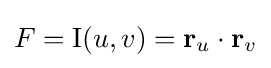
F=\mathrm {I} (u,v)=\mathbf {r} _{u}\cdot \mathbf {r} _{v}